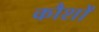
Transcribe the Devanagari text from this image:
कौशों